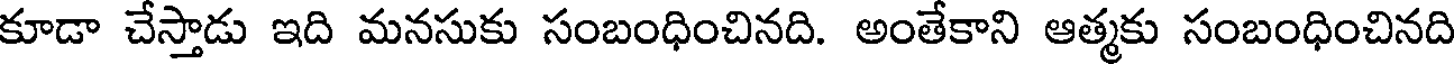
కూడా చేస్తాడు ఇది మనసుకు సంబంధించినది. అంతేకాని ఆత్మకు సంబంధించినది